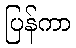
ပြန်ကာ